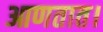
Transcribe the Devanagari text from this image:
आणतात।